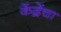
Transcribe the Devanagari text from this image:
केंद्रेंचा